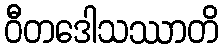
ဝီတဒေါသဿာတိ